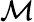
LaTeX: \mathcal{M}